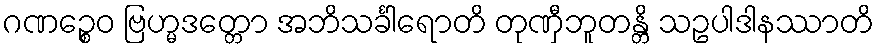
ဂဏဉ္စေဝ ဗြဟ္မဒတ္တော အဘိသင်္ခါရောတိ တုဏှီဘူတန္တိ သဥပါဒါနဿာတိ